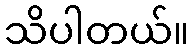
သိပါတယ်။